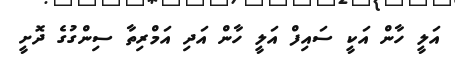
އަލީ ހާން އަކީ ސައިފް އަލީ ހާން އަދި އަމްރިތާ ސިންގުގެ ދޮށީ